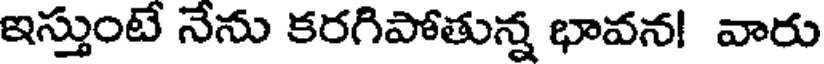
ఇస్తుంటే నేను కరగిపోతున్న భావన! వారు